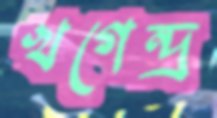
খগেন্দ্র